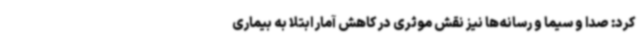
کرد: صدا و سیما و رسانه‌ها نیز نقش موثری در کاهش آمار ابتلا به بیماری